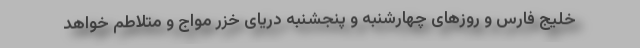
خلیج فارس و روز‌های چهارشنبه و پنجشنبه دریای خزر مواج و متلاطم خواهد